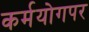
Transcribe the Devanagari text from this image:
कर्मयोगपर